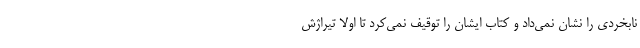
نابخردی را نشان نمی‌داد و کتاب ایشان را توقیف نمی‌کرد تا اولا تیراژش